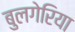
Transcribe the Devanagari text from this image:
बुलगेरिया